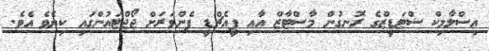
އިސްލާމިކް ސްޓަޑީޒްގެ ރޮނގުން މާސްޓާޒް އާއި ޕީއެޗްޑީ ފެންވަރަށް ޖޯޖްޓައުންގައި ކިޔެވެ އެވެ.